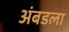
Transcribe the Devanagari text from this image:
अंबडला